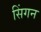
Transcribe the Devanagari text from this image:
सिंगन